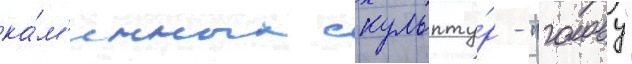
ка́м'енных скульпту́р - "голову"